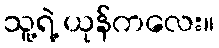
သူ့ရဲ့ ယုန်ကလေး။